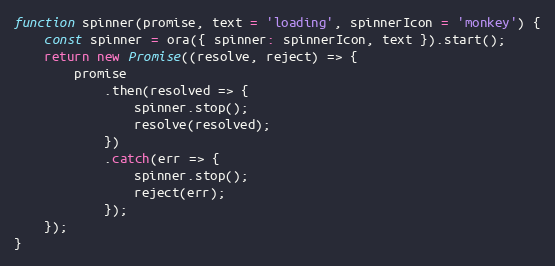
Language: JavaScript
function spinner(promise, text = 'loading', spinnerIcon = 'monkey') {
    const spinner = ora({ spinner: spinnerIcon, text }).start();
    return new Promise((resolve, reject) => {
        promise
            .then(resolved => {
                spinner.stop();
                resolve(resolved);
            })
            .catch(err => {
                spinner.stop();
                reject(err);
            });
    });
}